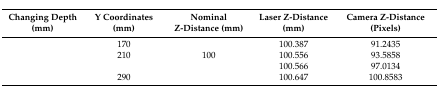
<table><thead><tr><td><b>Changing Depth (mm)</b></td><td><b>Y Coordinates (mm)</b></td><td><b>Nominal Z-Distance (mm)</b></td><td><b>Laser Z-Distance (mm)</b></td><td><b>Camera Z-Distance (Pixels)</b></td></tr></thead><tbody><tr><td>[EMPTY_CELL]</td><td>170</td><td>[EMPTY_CELL]</td><td>100.387</td><td>91.2435</td></tr><tr><td>[EMPTY_CELL]</td><td>210</td><td>100</td><td>100.556</td><td>93.5858</td></tr><tr><td>[EMPTY_CELL]</td><td>[EMPTY_CELL]</td><td>[EMPTY_CELL]</td><td>100.566</td><td>97.0134</td></tr><tr><td>[EMPTY_CELL]</td><td>290</td><td>[EMPTY_CELL]</td><td>100.647</td><td>100.8583</td></tr></tbody></table>